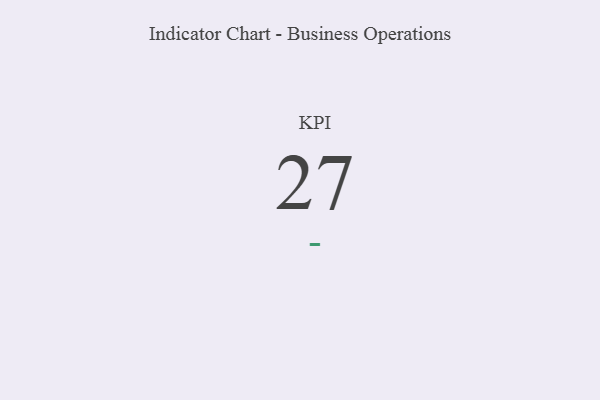
{"axis": {"x": "KPI", "y": "Value"}, "legend": [""], "data": [{"x": "KPI", "y": 27, "type": ""}]}